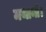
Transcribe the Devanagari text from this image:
मथानी।